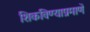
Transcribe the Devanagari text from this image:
शिकविण्याप्रमाणें